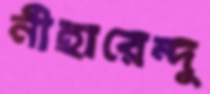
নীহারেন্দু